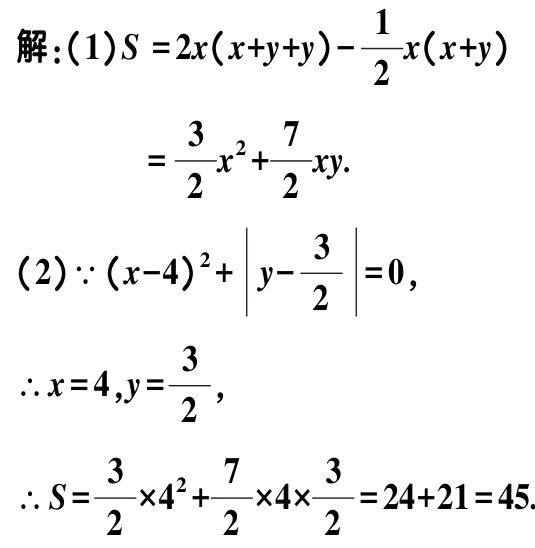
解：(1)\(S = 2x(x + y + y)-\frac{1}{2}x(x + y)\)
\(=\frac{3}{2}x^{2}+\frac{7}{2}xy\).
(2)\(\because (x - 4)^{2}+\left|y-\frac{3}{2}\right| = 0\),
\(\therefore x = 4,y=\frac{3}{2}\),
\(\therefore S=\frac{3}{2}\times4^{2}+\frac{7}{2}\times4\times\frac{3}{2}=24 + 21 = 45\).